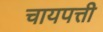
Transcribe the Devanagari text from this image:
चायपत्ती